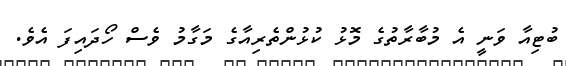
ބުޓިއާ ވަނީ އެ މުބާރާތުގެ މޮޅު ކުޅުންތެރިއާގެ މަގާމު ވެސް ހޯދައިފަ އެވެ.